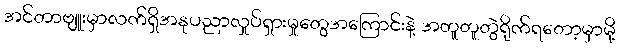
အင်တာဗျူးမှာလက်ရှိအနုပညာလှုပ်ရှားမှုတွေအကြောင်းနဲ့ အတူတူတွဲရိုက်ရတော့မှာမို့